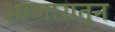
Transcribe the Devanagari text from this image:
आजारातुन